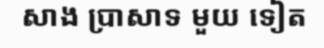
សាង ប្រាសាទ មួយ ទៀត